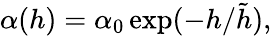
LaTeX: \alpha(h)=\alpha_{0}\exp(-h/\tilde{h}),